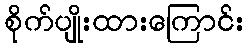
စိုက်ပျိုးထားကြောင်း